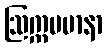
ဩက္ကမမာနာ